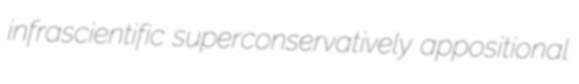
infrascientific superconservatively appositional